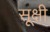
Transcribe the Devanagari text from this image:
सूक्षी